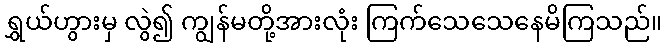
ရွှယ်ဟွားမှ လွဲ၍ ကျွန်မတို့အားလုံး ကြက်သေသေနေမိကြသည်။